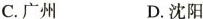
C.广州 D.沈阳